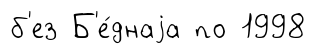
б'ез Б'е́днаjа по 1998